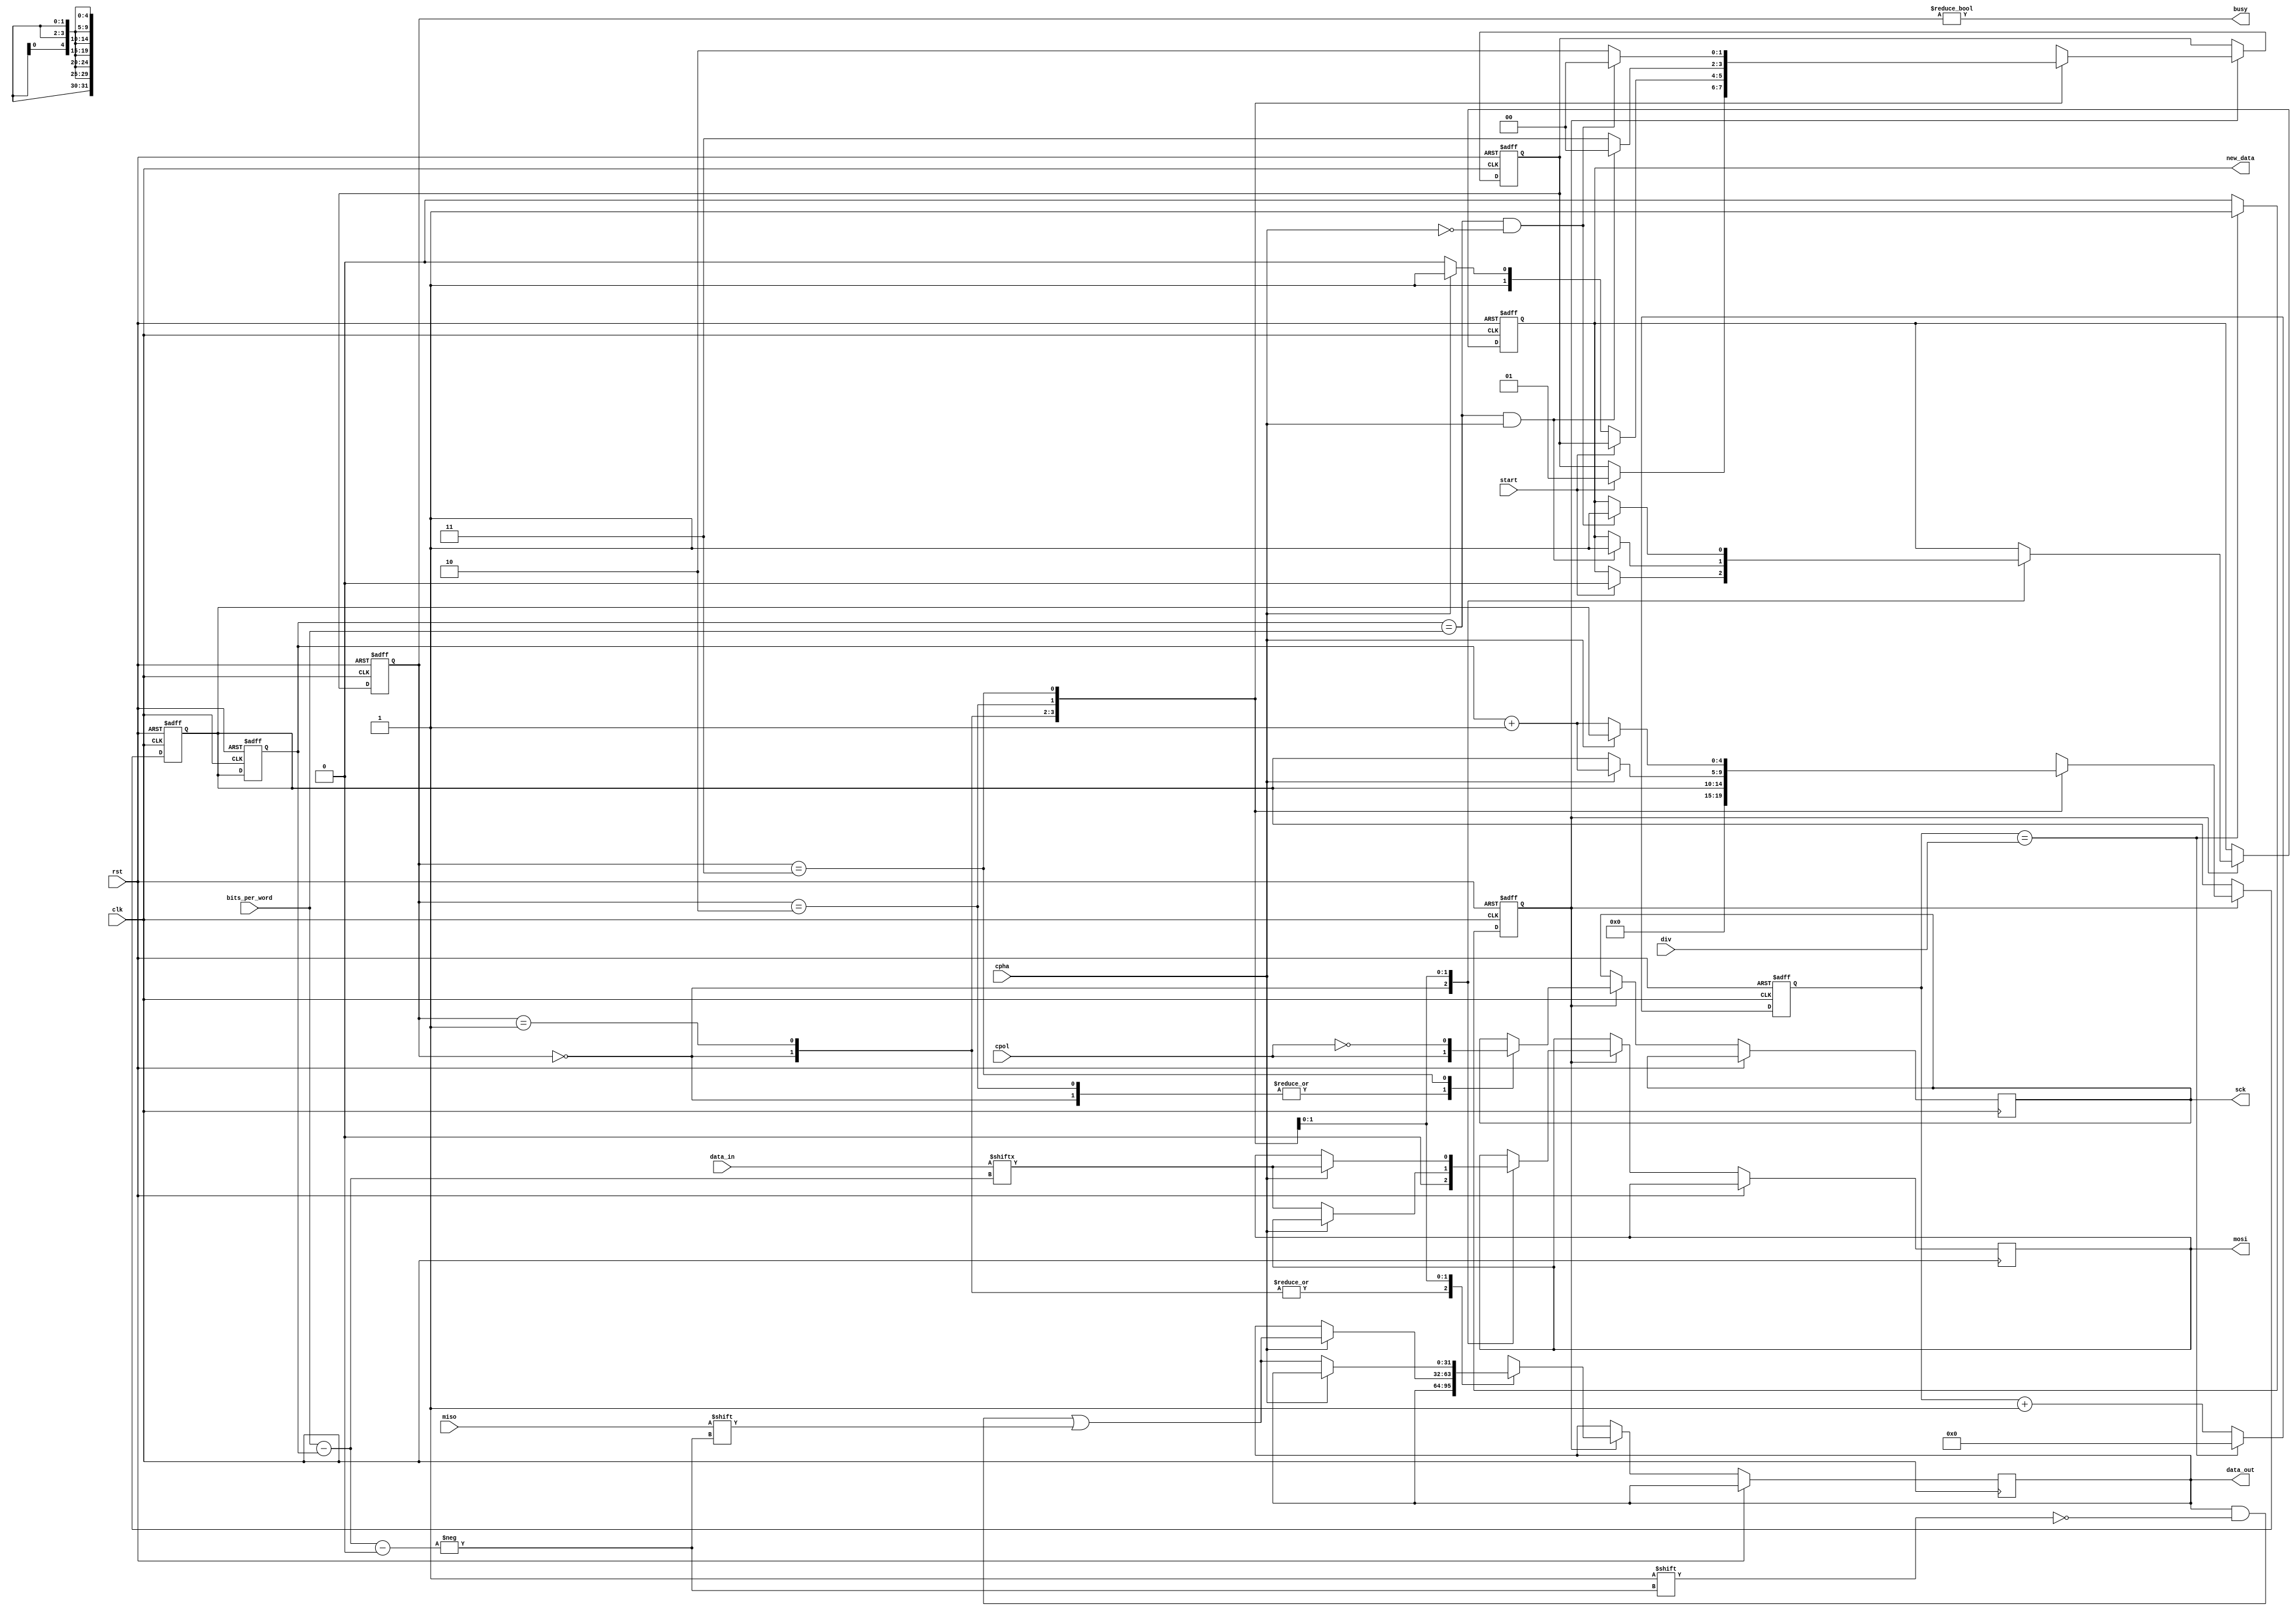
module spi(input                            clk,

           input                            miso,
           output                           mosi,
           output                           sck,

           input                            rst,
           input                            start,
           input                            cpol,
           input                            cpha,
           input   [4:0]                    bits_per_word,
           input   [5:0]                    div,

           input   [MAX_DATA_WIDTH-1:0]     data_in,
           output  [MAX_DATA_WIDTH-1:0]     data_out,

           output                           busy,
           output                           new_data);

parameter  MAX_DATA_WIDTH    = 32;

localparam IDLE              = 3'd0;
localparam START             = 3'd1;
localparam TRANSFER_STAGE_1  = 3'd2;
localparam TRANSFER_STAGE_2  = 3'd3;

reg [1:0] state;
reg [1:0] next_state;

reg [4:0] ctrl;
reg [4:0] next_ctrl;

reg clk_div;
reg [15:0] counter;

reg new_data;

reg sck;
reg mosi;
assign busy = state != IDLE;

always @ (posedge clk or posedge rst)
begin
    if (rst) begin
        counter <= 0;
        clk_div <= 1'b0;
    end else begin
        if (counter == div) begin
            clk_div <= 1'b1;
            counter <= 0;
        end else begin
            clk_div <= 1'b0;
            counter <= counter + 1'b1;
        end
    end
end

always @ (posedge clk or posedge rst)
begin
    if (rst) begin
        next_state <= IDLE;
        next_ctrl <= 5'b00000;
        new_data <= 1'b0;
    end else begin
        if (clk_div) begin
            case (state)
                IDLE: begin
                    sck <= cpol;
                    mosi <= 1'b0;
                    next_ctrl = 5'b00000;
                    if (start == 1'b1) begin
                        next_state = START;
                        new_data <= 1'b0;
                    end
                end

                START: begin
                    if (start == 1'b0) begin
                        if (cpha == 1'b0) begin
                            next_state = TRANSFER_STAGE_1;
                        end else begin
                            next_state = TRANSFER_STAGE_2;
                        end
                    end
                end

                TRANSFER_STAGE_1: begin
                    next_state = TRANSFER_STAGE_2;
                    sck <= cpol;

                    if (cpha == 1'b0) begin
                        mosi <= data_in[bits_per_word-ctrl];
                    end else begin
                        data_out[bits_per_word-ctrl] <= miso;
                        next_ctrl = ctrl + 1'b1;
                    end

                    if (ctrl == bits_per_word && cpha == 1'b1) begin
                        next_state = IDLE;
                        new_data <= 1'b1;
                    end
                end

                TRANSFER_STAGE_2: begin
                    next_state = TRANSFER_STAGE_1;
                    sck <= !cpol;

                    if (cpha == 1'b0) begin
                        data_out[bits_per_word-ctrl] <= miso;
                        next_ctrl = ctrl + 1'b1;
                    end else begin
                        mosi <= data_in[bits_per_word-ctrl];
                    end

                    if (ctrl == bits_per_word && cpha == 1'b0) begin
                        next_state = IDLE;
                        new_data <= 1'b1;
                    end
                end
            endcase
        end
    end
end

always @ (posedge clk or posedge rst)
begin
    if (rst) begin
        state <= IDLE;
        ctrl <= 5'b00000;
    end else begin
        ctrl <= next_ctrl;
        state <= next_state;
    end
end

endmodule